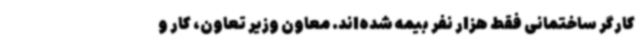
کارگر ساختمانی فقط هزار نفر بیمه شده‌اند. معاون وزیر تعاون، کار و